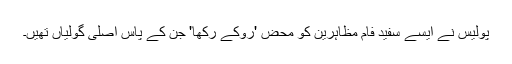
پولیس نے ایسے سفید فام مظاہرین کو محض 'روکے رکھا' جن کے پاس اصلی گولیاں تھیں۔